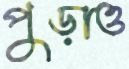
পুড়াও